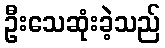
ဦးသေဆုံးခဲ့သည်